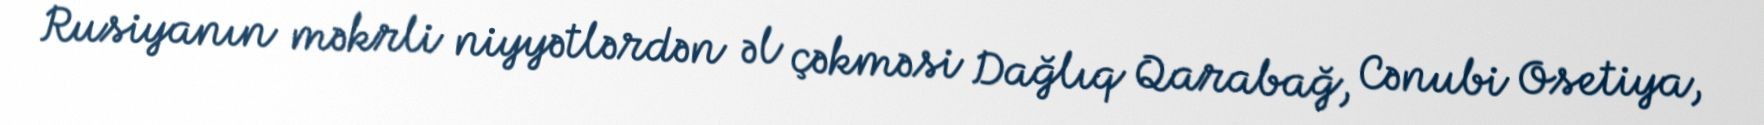
Rusiyanın məkrli niyyətlərdən əl çəkməsi Dağlıq Qarabağ, Cənubi Osetiya,